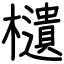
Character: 𣟧